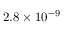
{ 2 . 8 \times 1 0 ^ { - 9 } }